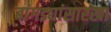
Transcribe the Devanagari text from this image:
बांगड्यांसारखा